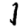
Digit: 1